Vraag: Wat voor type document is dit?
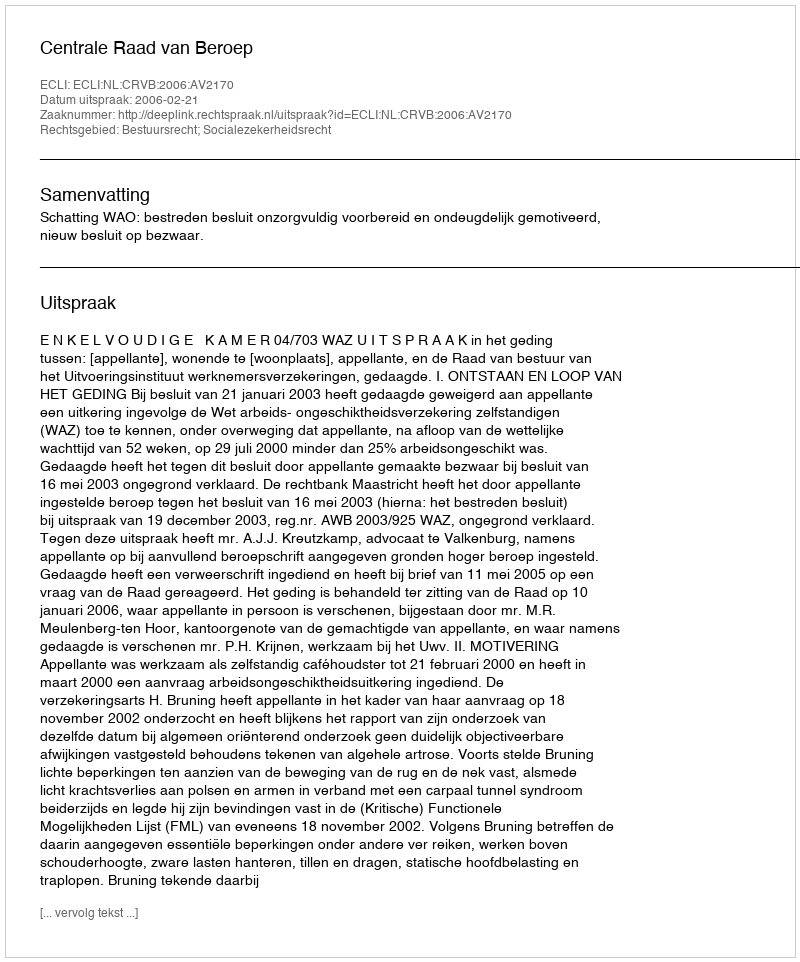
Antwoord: Uitspraak